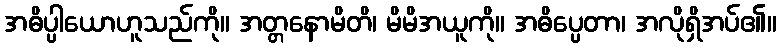
အဓိပ္ပါယောဟူသည်ကို။ အတ္တနောမိတိ၊ မိမိအယူကို။ အဓိပ္ပေတာ၊ အလိုရှိအပ်၏။